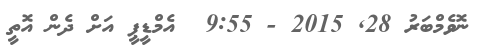
ނޮވެމްބަރު 28